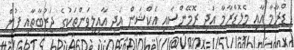
ޑްރާމާ އާއި މެލޮޑްރާމާ އަދި ރޮމޭންސާއި އެކްޝަން އަދި އާއިލީވަންތަކުގެ ޖަޒުބާތާއި ފުން